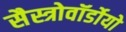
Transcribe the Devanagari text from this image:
सैस्त्रोवॉर्डोयो